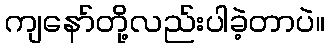
ကျနော်တို့လည်းပါခဲ့တာပဲ။